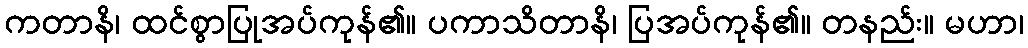
ကတာနိ၊ ထင်စွာပြုအပ်ကုန်၏။ ပကာသိတာနိ၊ ပြအပ်ကုန်၏။ တနည်း။ မဟာ၊